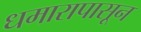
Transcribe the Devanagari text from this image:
धमारापासून